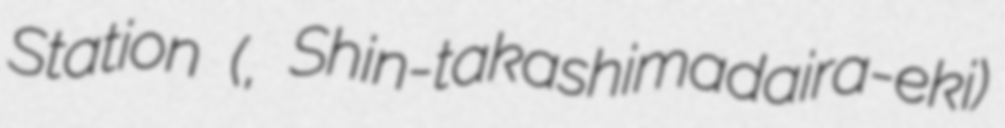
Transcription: Station (新高島平駅, Shin-takashimadaira-eki)